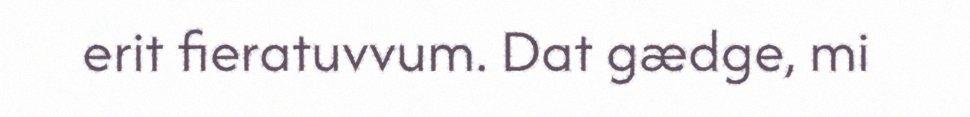
erit fieratuvvum. Dat gædge, mi